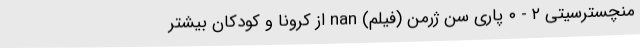
منچسترسیتی ۲ - ۰ پاری سن ژرمن (فیلم) nan از کرونا و کودکان بیشتر